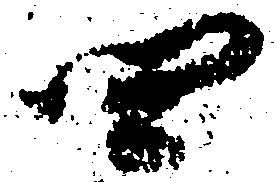
四